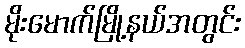
မိုးမောက်မြို့နယ်အတွင်း